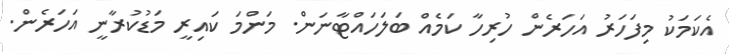
އެކަމަކު މިފަހަރު އަހަރެން ހުރިހާ ކަމެއް ބަލަހައްޓާނަން. މަންމަ ކައިރީ މަޑުކުރާނީ އަހަރެން.